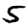
Digit: 5